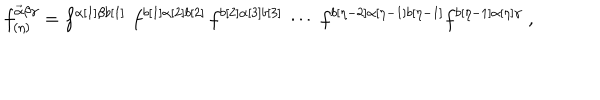
f _ { ( \eta ) } ^ { \vec { \alpha } \beta \gamma } = f ^ { \alpha [ 1 ] \beta b [ 1 ] } \, \, f ^ { b [ 1 ] \alpha [ 2 ] b [ 2 ] } \, f ^ { b [ 2 ] \alpha [ 3 ] b [ 3 ] } \, \cdots \, \, f ^ { b [ \eta - 2 ] \alpha [ \eta - 1 ] b [ \eta - 1 ] } f ^ { b [ \eta - 1 ] \alpha [ \eta ] \gamma } \; ,